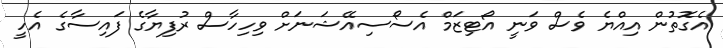
އެގޮތުން އިއްޔެ ވެސް ވަނީ އޯޓިޒަމް އެސޯސިއޭޝަނަށް ވިހިހާސް ރުފިޔާގެ ފައިސާގެ އެހީ